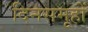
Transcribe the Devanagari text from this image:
दिनसमूहों